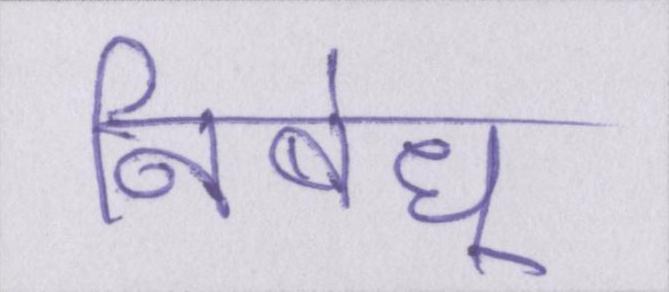
निबंध्